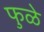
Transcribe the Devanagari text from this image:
फुळे